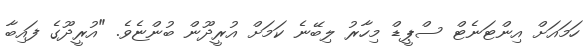
ހަމައަށް އިންޓަނެޓް ސްޕީޑް މިހާރު ލިބޭނެ ކަމަށް އުރީދޫން ބުންޏެވެ. "އުރީދޫގެ ފައިބާ